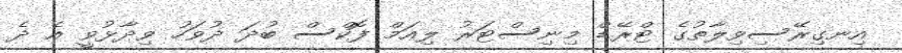
އިނގިރޭސިވިލާތުގެ ޓްރޭޑް މިނިސްޓަރު ލިއަމް ފޮކްސް ބުދަ ދުވަހު ވިދާޅުވީ އެ ދެ